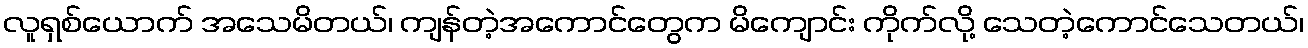
လူရှစ်ယောက် အသေမိတယ်၊ ကျန်တဲ့အကောင်တွေက မိကျောင်း ကိုက်လို့ သေတဲ့ကောင်သေတယ်၊